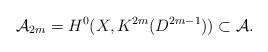
LaTeX: \begin{align*}\mathcal{A}_{2m} = H^0(X, K^{2m}(D^{2m-1})) \subset \mathcal{A}.\end{align*}